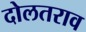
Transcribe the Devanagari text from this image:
दोलतराव